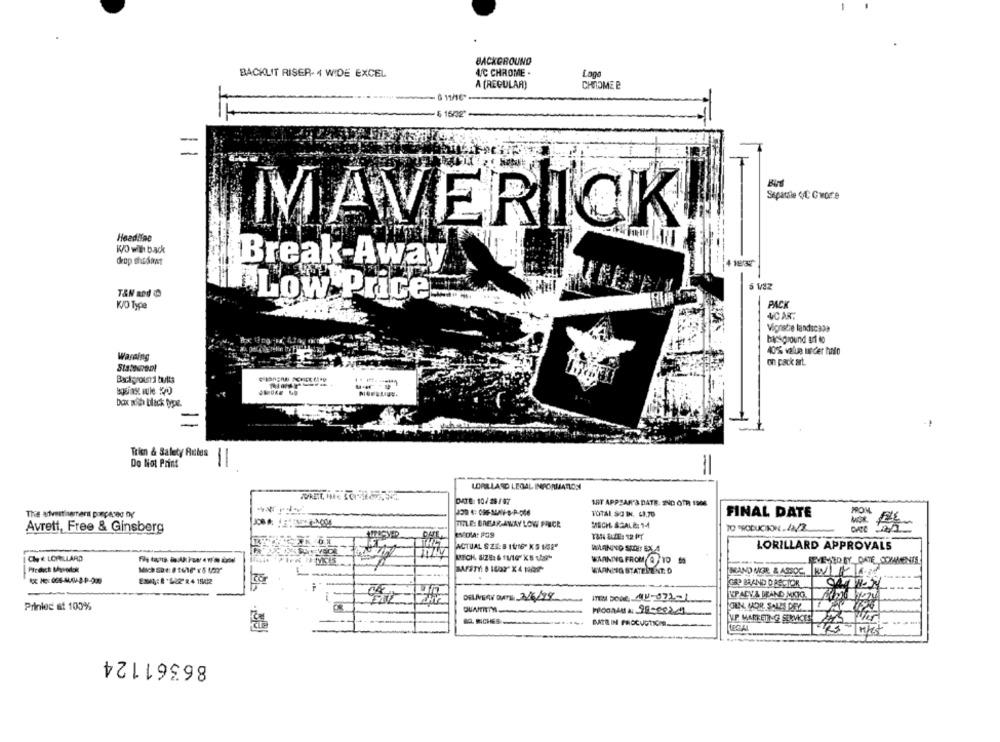
BACKGROUND
BACKLIT RISER- 4 WIDE EXCEL
4/C CHROME .
A (REGULAR)
CHROME B
- $ 1502"
-
Separate 4C G vore
IMAVERICK
Headilne
K/D with back
drop shaist
Break-Away
19:32
T&N and
Low Price
PACK
WO Type
4CAR:
Vignette landscape
bars ground 821 40
Warning
40% value usder hado
on pack art.
box with blick type.
-1
Tricn & Salety Rules
Do Not Print
-
LOPILLARD LEGAL INFORMATION
DATE: 10/ 36/97
1AT APPSAR'S DATE: INO OTR 1900
TOTAL SO IN. 63.70
The advertisement prepared by
FINAL DATE
TITLE: BREAKAWAY LOW PRICE
MECH SZALE 14
Avrett, Free & Ginsberg
ACTUAL SZE: 8 11/16" KS VSE"
LORILLARD APPROVALS
Che : LORILLARD
WARNING FROM @ 10 95
REVESTO BY DATE COMMENTS
WARNDIG STATERENT. D
MAND MGR & ASSOC, V/ 4-36
GRD BRAND DIRECTOR
EPALY& DEAND MITG.
Prinlec at 100%
IGEN, MOR, SALES PEY
Podade :: 98-08221
8. SICHES
BATE IN PRODUCTION
VIP MARKETING SERVICES ANS
mit
86361124